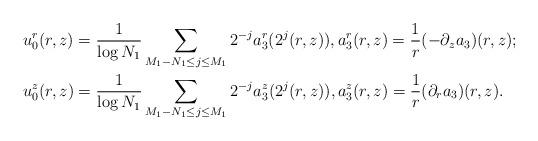
LaTeX: \begin{align*}&u_0^r(r,z) = \frac 1 {\log N_1} \sum_{M_1-N_1\le j\le M_1} 2^{-j} a_3^r(2^j(r,z)),a_3^r(r,z)=\frac 1 r (-\partial_z a_3)(r,z);\\&u_0^z(r,z) = \frac 1 {\log N_1} \sum_{M_1-N_1\le j\le M_1} 2^{-j} a_3^z(2^j(r,z)),a_3^z(r,z)=\frac 1 r (\partial_r a_3)(r,z).\end{align*}